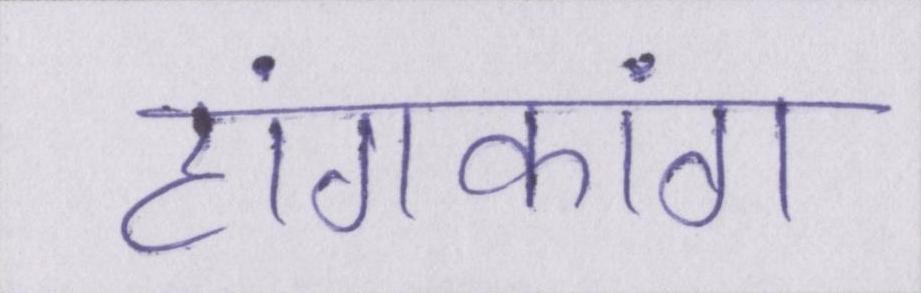
हांगकांग